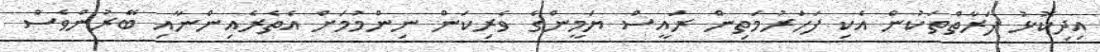
އިދިކޮޅު ފަރާތްތަކުން އެކި ފަހަރުމަތިން ރައީސް ޔަމީންގެ ވެރިކަން ނިންމުމަށް އެތެރެއިންނާއި ބޭރުންވެސް